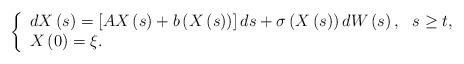
LaTeX: \begin{align*}\left\{\begin{array}[c]{ll}dX\left( s\right) =\left[ AX\left( s\right)+b\left(X\left(s\right)\right) \right] ds+\sigma\left(X\left( s\right)\right) dW\left(s\right), & s\geq t, \\X\left( 0\right) =\xi.\end{array}\right. \end{align*}